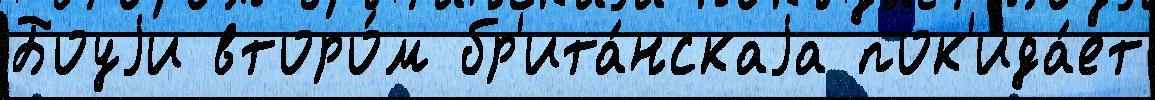
Боуjи второ́м бр'ита́нскаjа пок'ида́ет